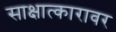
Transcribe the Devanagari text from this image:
साक्षात्कारावर